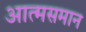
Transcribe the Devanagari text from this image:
आत्मसमान